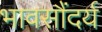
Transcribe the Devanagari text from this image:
भावसौंदर्य